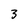
Character: 3